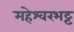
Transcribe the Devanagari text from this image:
महेश्वरभट्ट